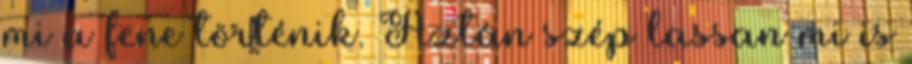
mi a fene történik. Aztán szép lassan mi is